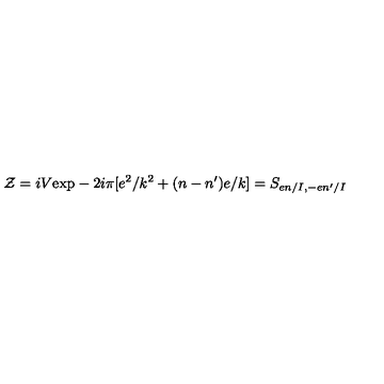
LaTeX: { \cal Z } = i V \mathrm { e x p } - 2 i \pi [ e ^ { 2 } / k ^ { 2 } + ( n - n ^ { \prime } ) e / k ] = S _ { e n / I , - e n ^ { \prime } / I }